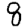
Digit: 8